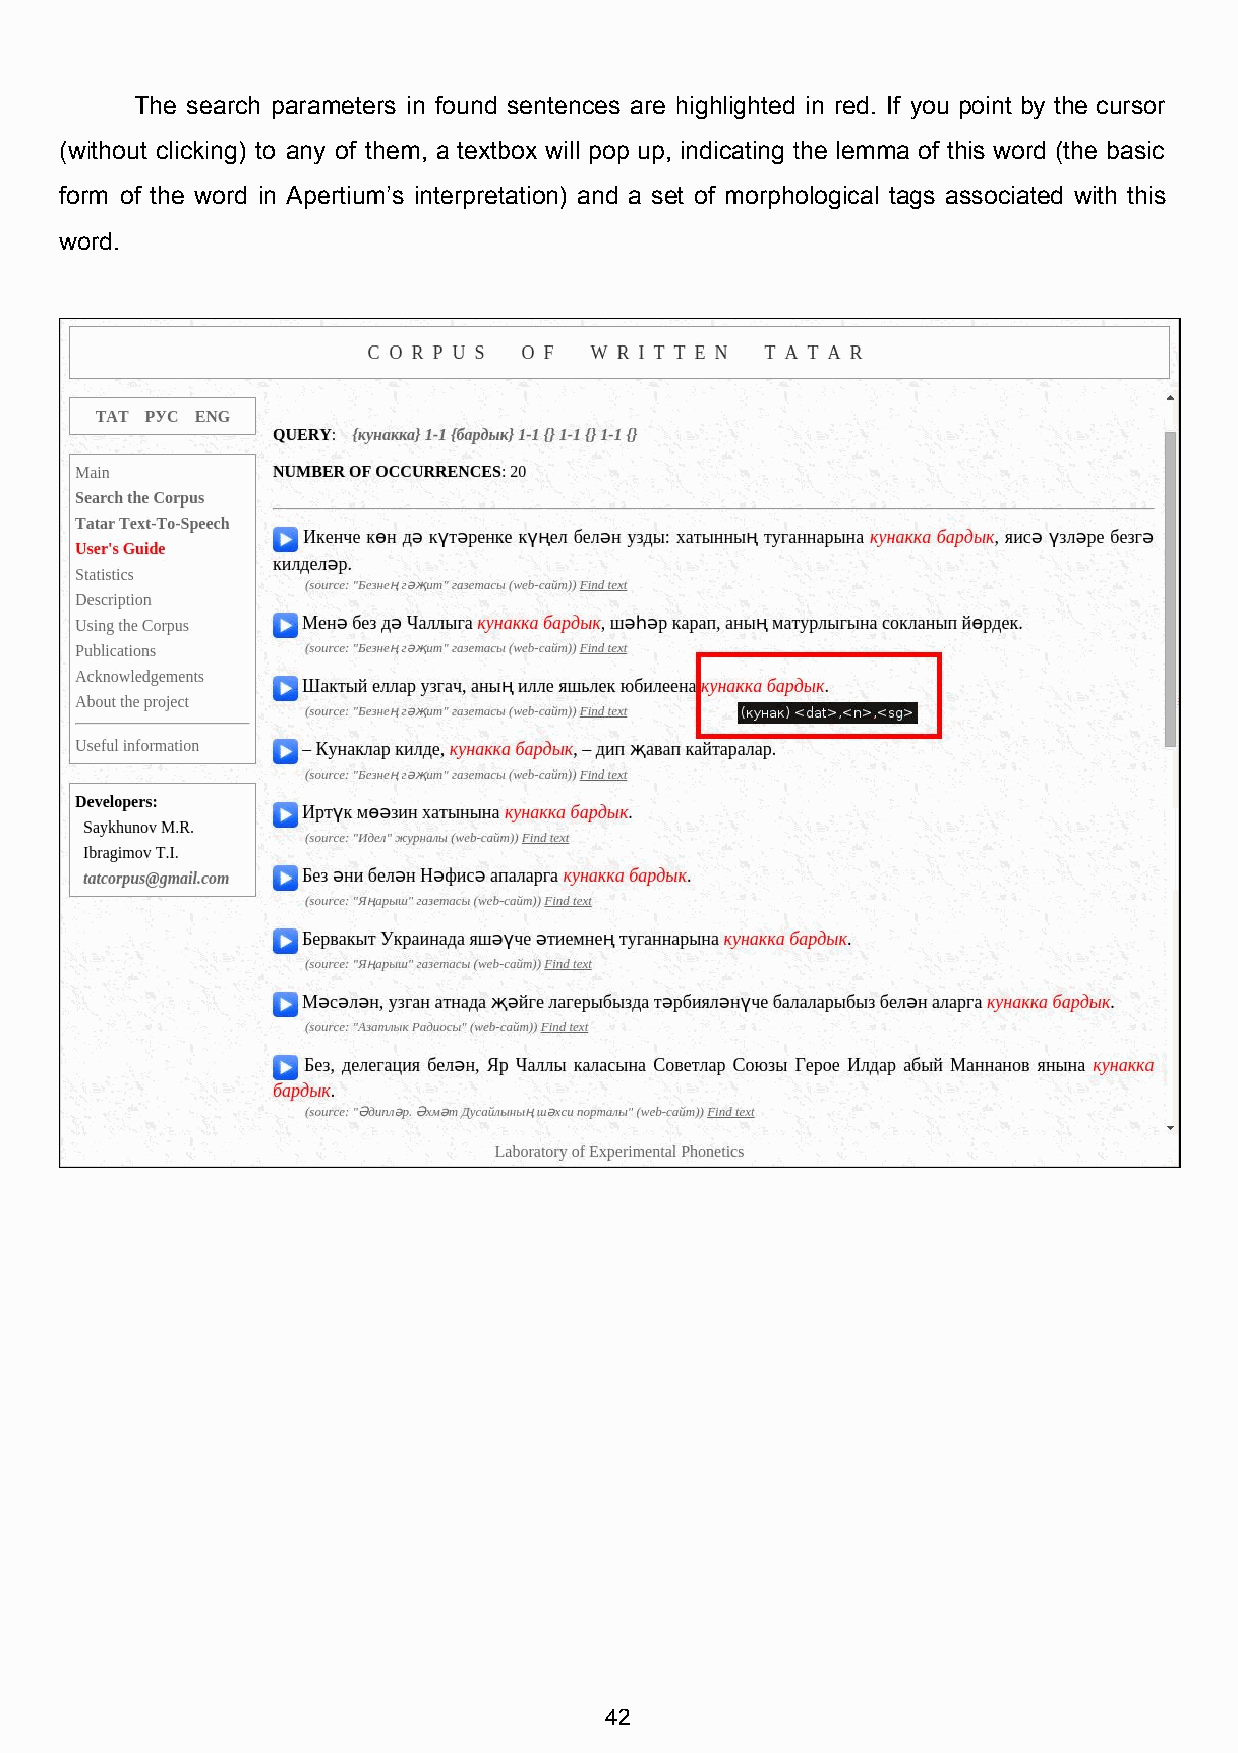
The search parameters in found sentences are highlighted in red. If you point by the cursor
 (without clicking) to any of them, a textbox will pop up, indicating the lemma of this word (the basic
 form of the word in Apertium’s interpretation) and a set of morphological tags associated with this
 word.
 42